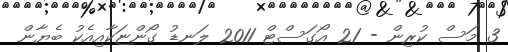
3 މަސް ކުރިން - 21 އޯގަސްޓް 2011 ލަނޑު ގޯންޏަކާއިއެކު ބެޔާން